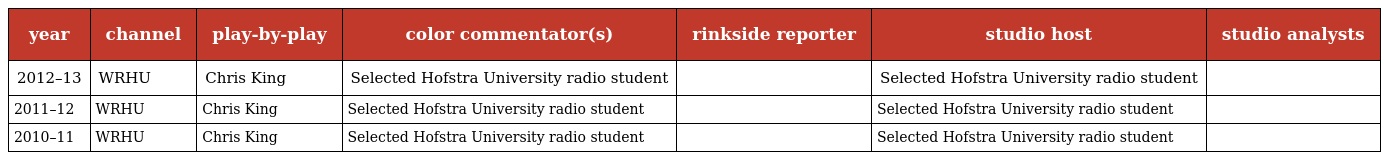
| year | channel | play-by-play | color commentator(s) | rinkside reporter | studio host | studio analysts |
 | --- | --- | --- | --- | --- | --- | --- |
 | 2012–13 | WRHU | Chris King | Selected Hofstra University radio student |  | Selected Hofstra University radio student |  |
 | 2011–12 | WRHU | Chris King | Selected Hofstra University radio student |  | Selected Hofstra University radio student |  |
 | 2010–11 | WRHU | Chris King | Selected Hofstra University radio student |  | Selected Hofstra University radio student |  |